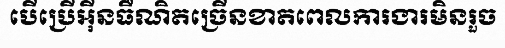
បើប្រើអ៊ីនធឺណិតច្រើនខាតពេលការងារមិនរួច